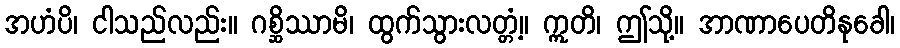
အဟံပိ၊ ငါသည်လည်း။ ဂစ္ဆိဿာမိ၊ ထွက်သွားလတ္တံ့။ ဣတိ၊ ဤသို့။ အာဏာပေတိနုခေါ၊